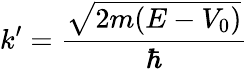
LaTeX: k^{\prime}={\frac{\sqrt{2m(E-V_{0})}}{\hbar}}